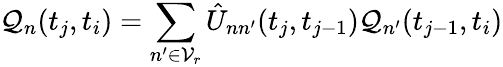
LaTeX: \mathcal{Q}_{n}(t_{j},t_{i})=\sum_{n^{\prime}\in\mathcal{{V}}_{r}}\hat{{U}}_{nn^{\prime}}(t_{j},t_{j-1})\mathcal{Q}_{n^{\prime}}(t_{j-1},t_{i})